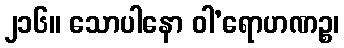
၂၁၆။ သောပါနော ဝါ’ရောဟဏဉ္စ၊